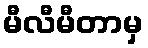
မီလီမီတာမှ